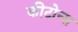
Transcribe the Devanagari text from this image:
कीटोन्स